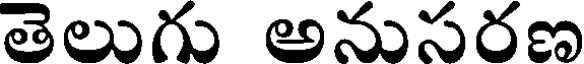
తెలుగు అనుసరణ